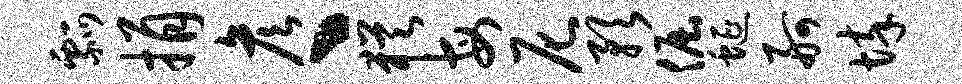
瓢捐彦丶犹每尼预倔蜒舸悴